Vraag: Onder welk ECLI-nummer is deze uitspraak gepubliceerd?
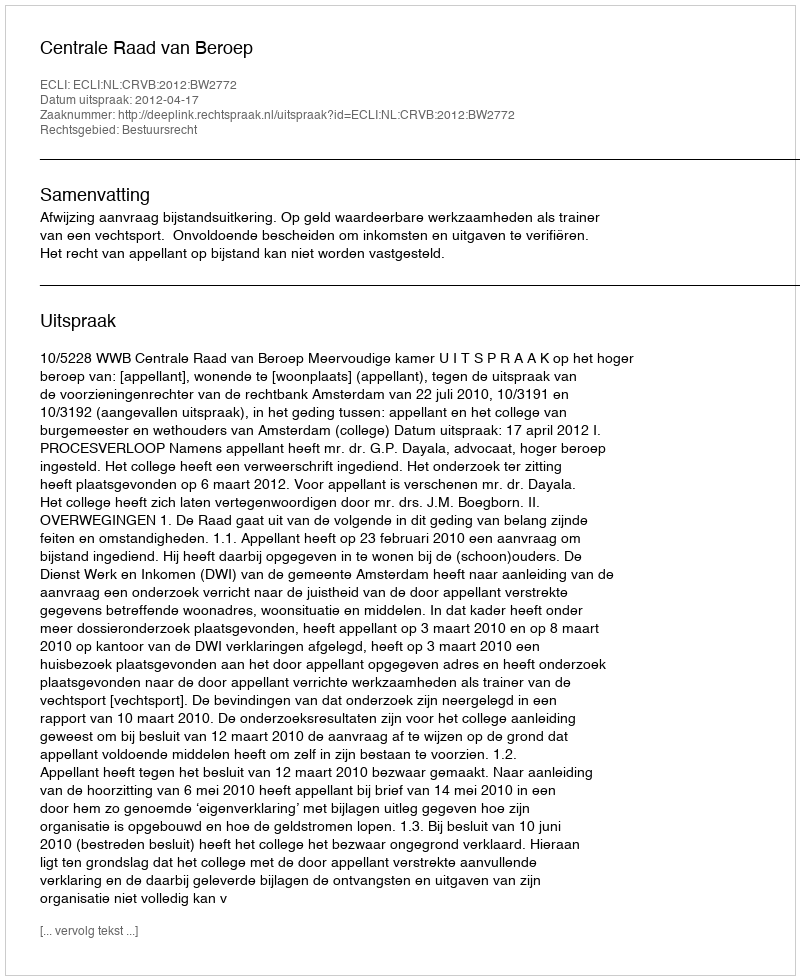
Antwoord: ECLI:NL:CRVB:2012:BW2772